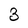
Character: 3